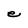
Character: e